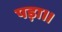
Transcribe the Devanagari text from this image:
पड़ा।।